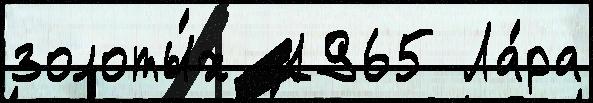
золоты́х  1965 Ла́ра